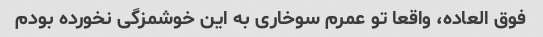
فوق العاده، واقعا تو عمرم سوخاری به این خوشمزگی نخورده بودم